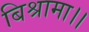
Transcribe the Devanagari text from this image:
बिश्रामा।।